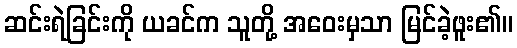
ဆင်းရဲခြင်းကို ယခင်က သူတို့ အဝေးမှသာ မြင်ခဲ့ဖူး၏။